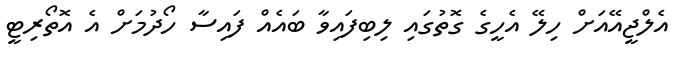
އެލްޖީއޭއަށް ހިލޭ އެހީގެ ގޮތުގައި ލިބިފައިވާ ބައެއް ފައިސާ ހޯދުމަށް އެ އޮތޯރިޓީ